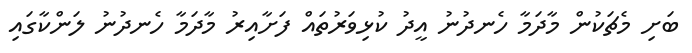
ބަށި މެޗަކުން މާދަމާ ހެނދުނު އީދު ކުޅިވަރުތައް ފަށާއިރު މާދަމާ ހެނދުނު ލަންކާގައި